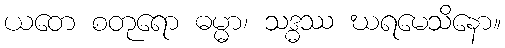
ယတေ စတုရော ဓမ္မာ၊ သဒ္ဓဿ ဃရမေသိနော။